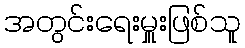
အတွင်းရေးမှူးဖြစ်သူ